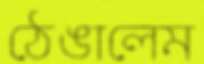
ঠেঙালেম